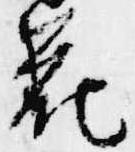
花